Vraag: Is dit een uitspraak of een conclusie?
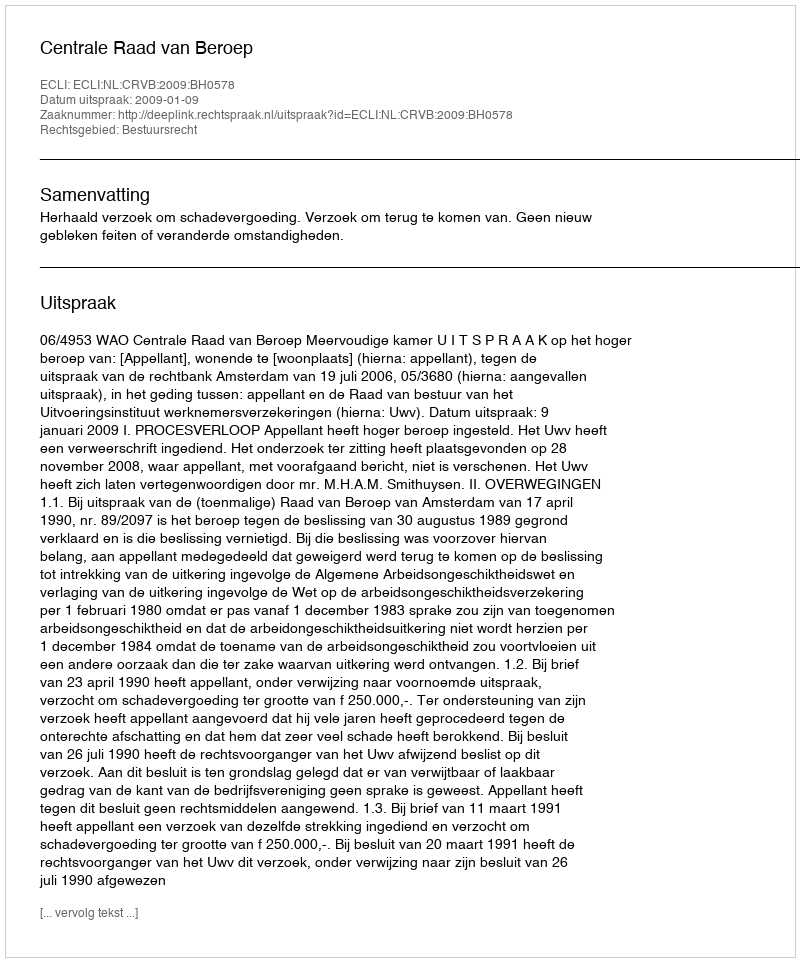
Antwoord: Uitspraak